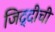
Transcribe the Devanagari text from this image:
जिद्दीची